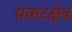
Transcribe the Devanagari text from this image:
संकटक्षेत्र